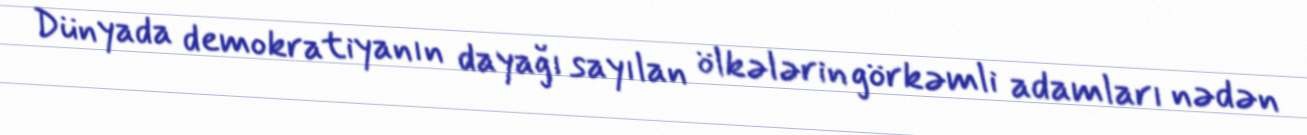
Dünyada demokratiyanın dayağı sayılan ölkələrin görkəmli adamları nədən